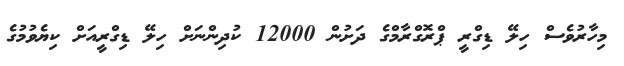
މިހާރުވެސް ހިލޭ ޑިގްރީ ޕްރޮގްރާމްގެ ދަށުން 12000 ކުދިންނަށް ހިލޭ ޑިގްރީއަށް ކިޔެވުމުގެ